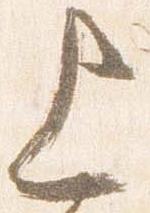
上